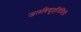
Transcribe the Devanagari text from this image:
जलविद्युत्‌निर्मिती